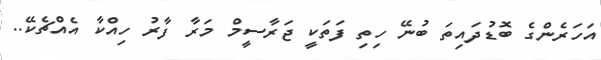
އަހަރެންގެ ބޮޑުދައިތަ ބުނޭ ހިތި ފަތަކީ ޖަރާސީމް މަރާ ފާރު ހިއްކާ އެއްޗެކޭ..